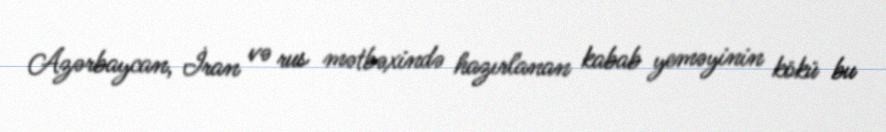
Azərbaycan, İran və rus mətbəxində hazırlanan kabab yeməyinin kökü bu